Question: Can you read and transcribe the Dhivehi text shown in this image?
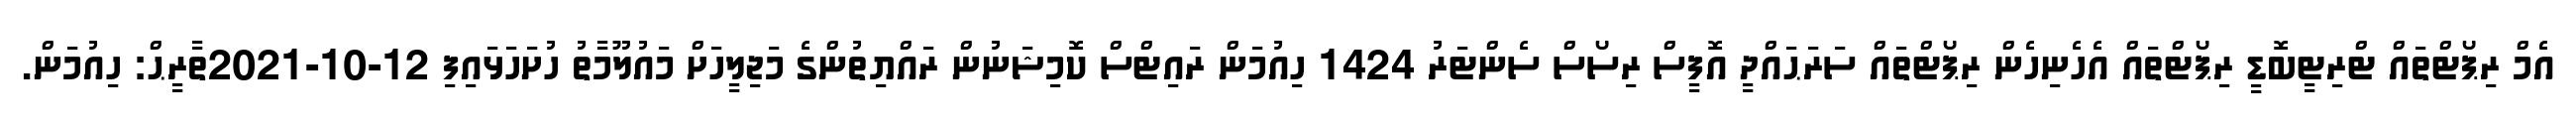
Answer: އެމް ރިޕޯޓްތައް ޓްރިޓީބޮޑީ ރިޕޯޓްތައް އެހެނިހެން ރިޕޯޓްތައް ސަރަޙައްދީ އޮފީސް ރިސޯސް ސެންޓަރު 1424 ހިއުމަން ރައިޓްސް ކޮމިޝަނުން ރައްޔިތުންގެ މަޖިލީހަށް މައުލޫމާތު ހުށަހަޅައިފި 12-10-2021ތާރީޙް: ހިއުމަން.